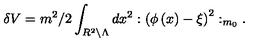
\delta V = m ^ { 2 } / 2 \int _ { R ^ { 2 } \backslash \Lambda } d x ^ { 2 } : \left( \phi \left( x \right) - \xi \right) ^ { 2 } : _ { m _ { 0 } } .